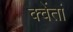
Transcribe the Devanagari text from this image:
क्वेंतां